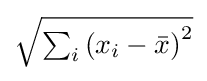
{\textstyle {\sqrt {\sum _{i}\left(x_{i}-{\bar {x}}\right)^{2}}}}